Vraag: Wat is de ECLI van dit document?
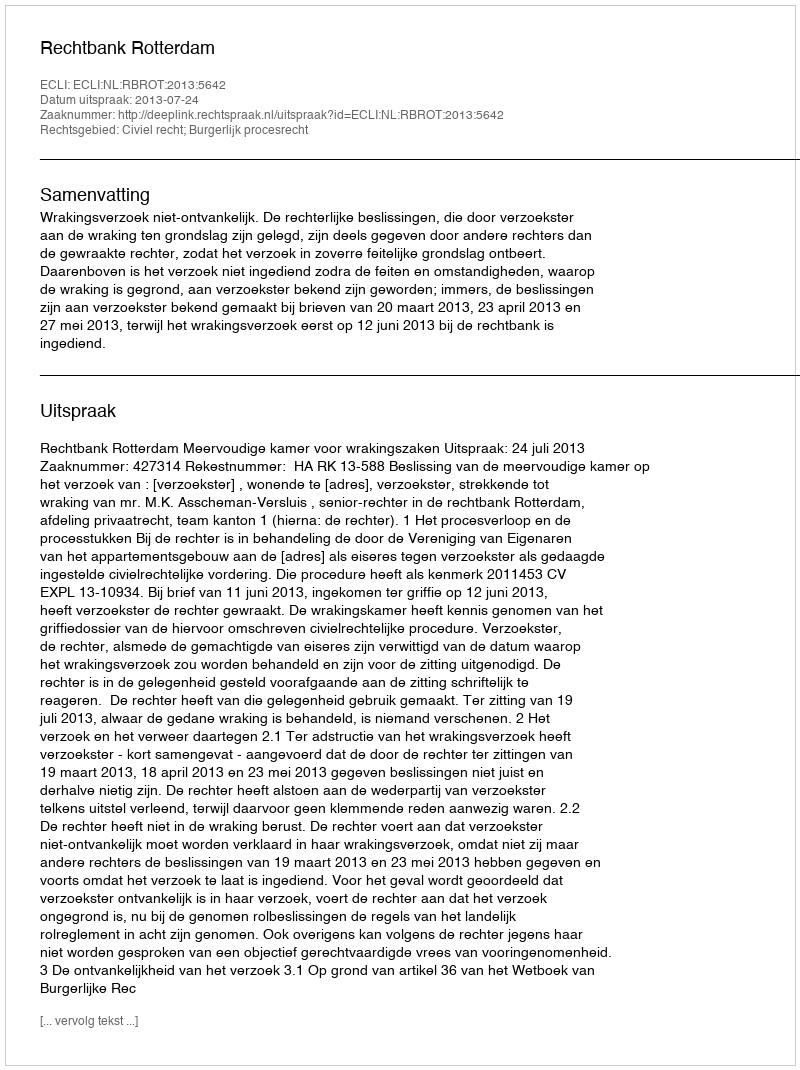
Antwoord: ECLI:NL:RBROT:2013:5642